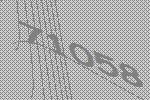
71058